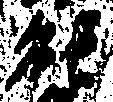
能